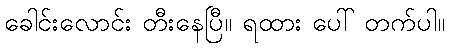
ခေါင်းလောင်း တီးနေပြီ။ ရထား ပေါ် တက်ပါ။